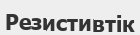
Резистивтік